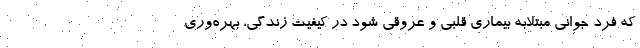
که فرد جوانی مبتلابه بیماری قلبی و عروقی ‌شود در کیفیت زندگی، بهره‌وری